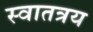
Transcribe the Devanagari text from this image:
स्वातत्रय